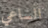
الساعي